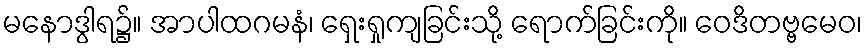
မနောဒွါရ၌။ အာပါထဂမနံ၊ ရှေးရှုကျခြင်းသို့ ရောက်ခြင်းကို။ ဝေဒိတဗ္ဗမေဝ၊